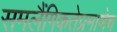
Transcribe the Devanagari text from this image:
समलैंगिकतेप्रमाणेच